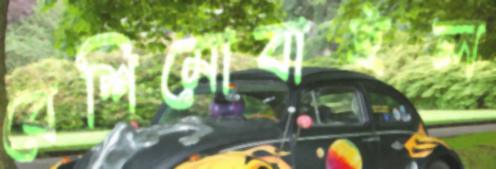
বেশিমোবাইল